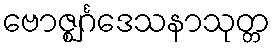
ဗောဇ္ဈင်္ဂဒေသနာသုတ္တ